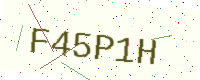
Text: F45P1H